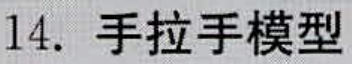
14. 手拉手模型